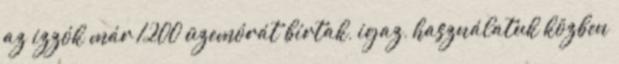
az izzók már 1200 üzemórát bírtak, igaz, használatuk közben